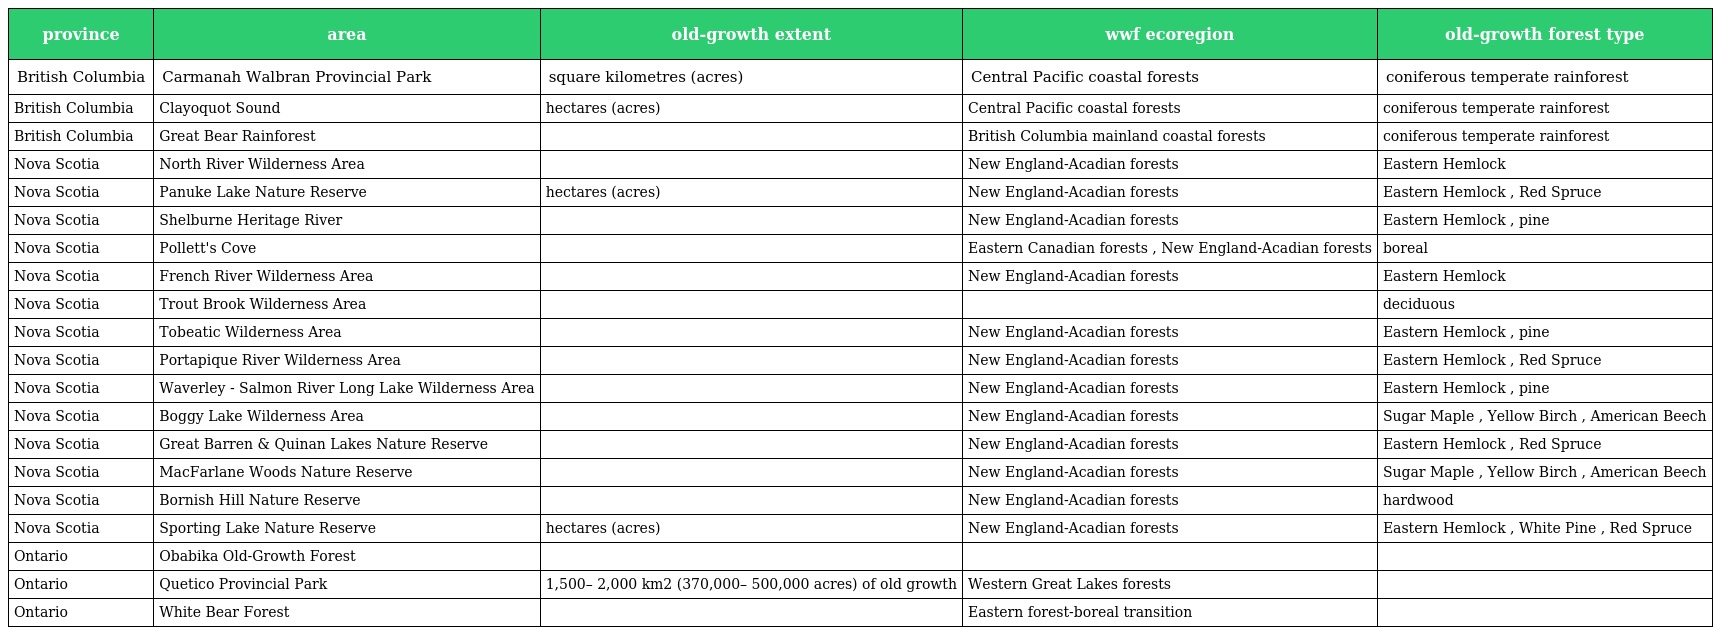
| province | area | old-growth extent | wwf ecoregion | old-growth forest type |
 | --- | --- | --- | --- | --- |
 | British Columbia | Carmanah Walbran Provincial Park | square kilometres (acres) | Central Pacific coastal forests | coniferous temperate rainforest |
 | British Columbia | Clayoquot Sound | hectares (acres) | Central Pacific coastal forests | coniferous temperate rainforest |
 | British Columbia | Great Bear Rainforest |  | British Columbia mainland coastal forests | coniferous temperate rainforest |
 | Nova Scotia | North River Wilderness Area |  | New England-Acadian forests | Eastern Hemlock |
 | Nova Scotia | Panuke Lake Nature Reserve | hectares (acres) | New England-Acadian forests | Eastern Hemlock , Red Spruce |
 | Nova Scotia | Shelburne Heritage River |  | New England-Acadian forests | Eastern Hemlock , pine |
 | Nova Scotia | Pollett's Cove |  | Eastern Canadian forests , New England-Acadian forests | boreal |
 | Nova Scotia | French River Wilderness Area |  | New England-Acadian forests | Eastern Hemlock |
 | Nova Scotia | Trout Brook Wilderness Area |  |  | deciduous |
 | Nova Scotia | Tobeatic Wilderness Area |  | New England-Acadian forests | Eastern Hemlock , pine |
 | Nova Scotia | Portapique River Wilderness Area |  | New England-Acadian forests | Eastern Hemlock , Red Spruce |
 | Nova Scotia | Waverley - Salmon River Long Lake Wilderness Area |  | New England-Acadian forests | Eastern Hemlock , pine |
 | Nova Scotia | Boggy Lake Wilderness Area |  | New England-Acadian forests | Sugar Maple , Yellow Birch , American Beech |
 | Nova Scotia | Great Barren & Quinan Lakes Nature Reserve |  | New England-Acadian forests | Eastern Hemlock , Red Spruce |
 | Nova Scotia | MacFarlane Woods Nature Reserve |  | New England-Acadian forests | Sugar Maple , Yellow Birch , American Beech |
 | Nova Scotia | Bornish Hill Nature Reserve |  | New England-Acadian forests | hardwood |
 | Nova Scotia | Sporting Lake Nature Reserve | hectares (acres) | New England-Acadian forests | Eastern Hemlock , White Pine , Red Spruce |
 | Ontario | Obabika Old-Growth Forest |  |  |  |
 | Ontario | Quetico Provincial Park | 1,500– 2,000 km2 (370,000– 500,000 acres) of old growth | Western Great Lakes forests |  |
 | Ontario | White Bear Forest |  | Eastern forest-boreal transition |  |